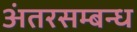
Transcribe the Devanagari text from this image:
अंतरसम्बन्ध